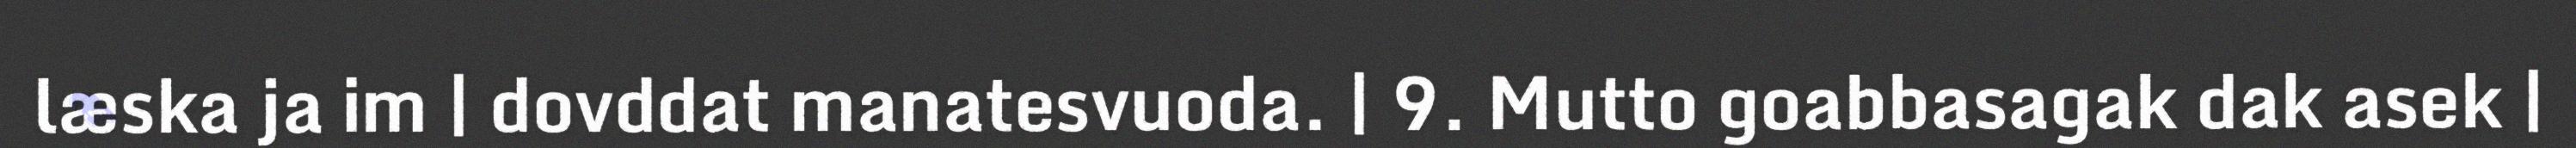
læska ja im | dovddat manatesvuoda. | 9. Mutto goabbasagak dak asek |